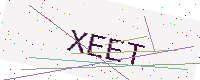
Text: XEET